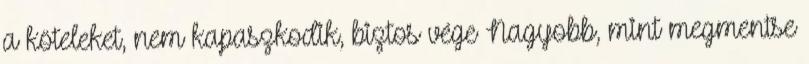
a köteleket, nem kapaszkodik, biztos vége Nagyobb, mint megmentse